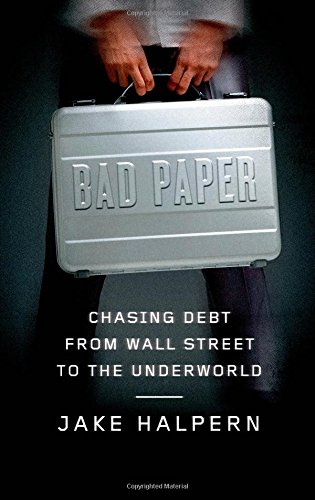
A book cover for Bad Paper: Chasing Debt from Wall Street to the Underworld; Jake Halpern; Business & Money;